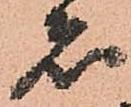
者